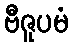
ဗီဇူပမံ